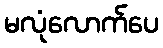
မလုံလောက်ပေ